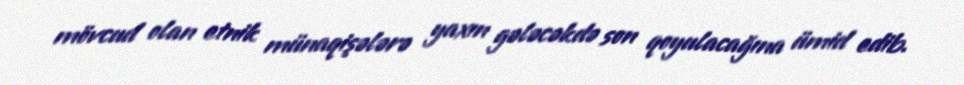
mövcud olan etnik münaqişələrə yaxın gələcəkdə son qoyulacağına ümid edib.